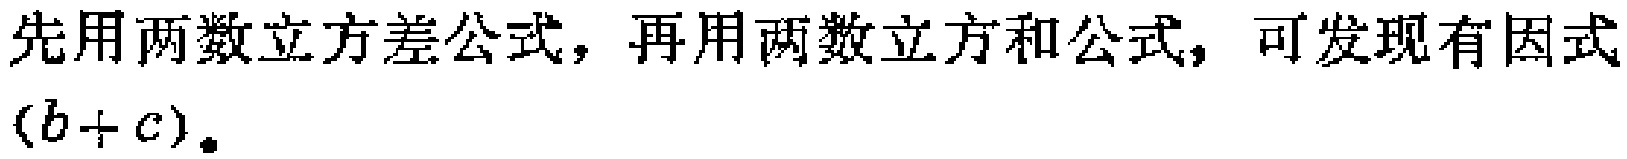
先用两数立方差公式，再用两数立方和公式，可发现有因式

\((b + c)\)。